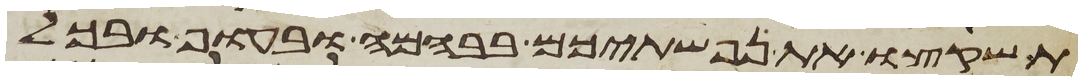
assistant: תשקצו את נפשתיכם בבהמה ובעוף ובכל